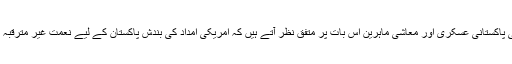
یعنی پاکستانی عسکری اور معاشی ماہرین اس بات پر متفق نظر آتے ہیں کہ امریکی امداد کی بندش پاکستان کے لیے نعمت غیر مترقبہ ہے۔